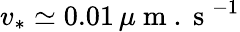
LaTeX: v_{*}\simeq 0.01\, \mu\mathrm{~m~.~s~}^{-1}